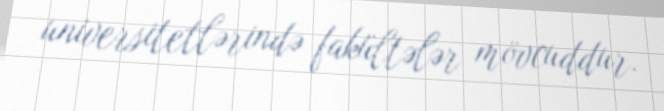
universitetlərində fakültələr mövcuddur.